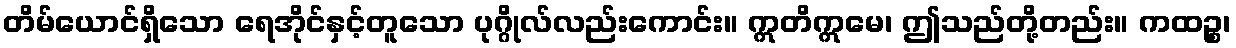
တိမ်ယောင်ရှိသော ရေအိုင်နှင့်တူသော ပုဂ္ဂိုလ်လည်းကောင်း။ ဣတိဣမေ၊ ဤသည်တို့တည်း။ ကထဉ္စ၊